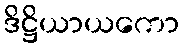
ဒိဋ္ဌိယာယကော